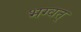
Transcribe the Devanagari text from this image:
भग्वत्